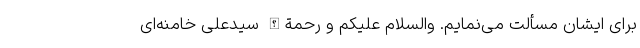
برای ایشان مسألت می‌نمایم. والسلام علیکم و رحمة‌الله سیّدعلی خامنه‌ای